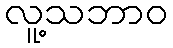
လူ့သဘာဝ